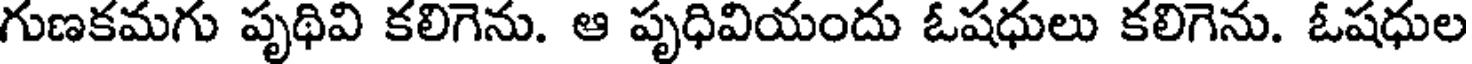
గుణకమగు పృథివి కలిగెను. ఆ పృధివియందు ఓషధులు కలిగెను. ఓషధుల